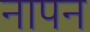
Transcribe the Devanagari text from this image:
नापन